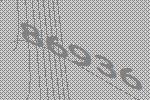
86936